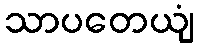
သာပတေယျံ